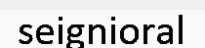
seignioral